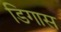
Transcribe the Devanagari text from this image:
डिगास